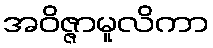
အဝိဇ္ဇာမူလိကာ